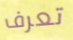
تعرف